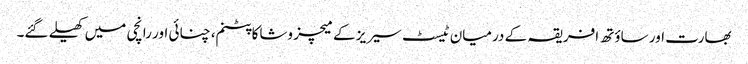
بھارت اور ساؤتھ افریقہ کے درمیان ٹیسٹ سیریز کے میچز وشاکاپٹنم، چنائی اور رانچی میں کھیلے گئے۔